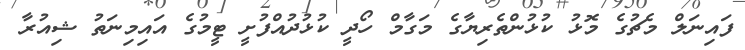
ފައިނަލް މެޗުގެ މޮޅު ކުޅުންތެރިޔާގެ މަގާމް ހޯދީ ކުޅުދުއްފުށީ ޓީމުގެ އައިމިނަތު ޝިއުރާ